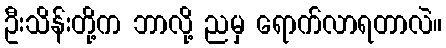
ဦးသိန်းတို့က ဘာလို့ ညမှ ရောက်လာရတာလဲ။